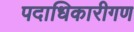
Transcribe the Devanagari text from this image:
पदाधिकारीगण